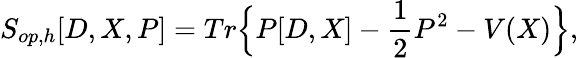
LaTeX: S_{op,h}[D,X,P]=Tr\Big\{ P[D,X]-\frac{1}{2}P^{2}-V(X)\Big\} ,